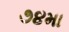
૭૪મા